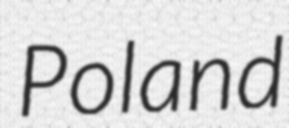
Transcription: Poland